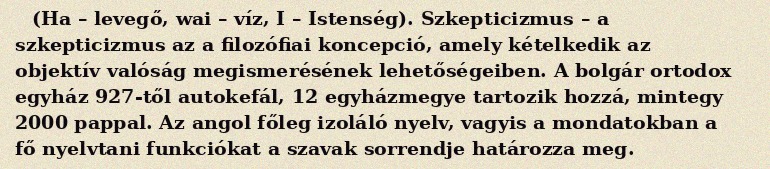
(Ha – levegő, wai – víz, I – Istenség). Szkepticizmus – a szkepticizmus az a filozófiai koncepció, amely kételkedik az objektív valóság megismerésének lehetőségeiben. A bolgár ortodox egyház 927-től autokefál, 12 egyházmegye tartozik hozzá, mintegy 2000 pappal. Az angol főleg izoláló nyelv, vagyis a mondatokban a fő nyelvtani funkciókat a szavak sorrendje határozza meg.